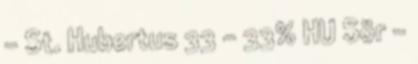
- St. Hubertus 33 - 33% HU Sör -